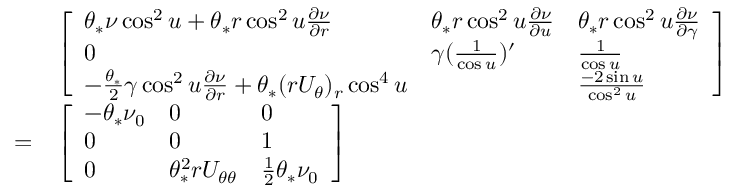
\begin{array} { r l } & { \left[ \begin{array} { l l l } { \theta _ { * } \nu \cos ^ { 2 } u + \theta _ { * } r \cos ^ { 2 } u \frac { \partial \nu } { \partial r } } & { \theta _ { * } r \cos ^ { 2 } u \frac { \partial \nu } { \partial u } } & { \theta _ { * } r \cos ^ { 2 } u \frac { \partial \nu } { \partial \gamma } } \\ { 0 } & { \gamma ( \frac { 1 } { \cos u } ) ^ { \prime } } & { \frac { 1 } { \cos u } } \\ { - \frac { \theta _ { * } } { 2 } \gamma \cos ^ { 2 } u \frac { \partial \nu } { \partial r } + \theta _ { * } ( r U _ { \theta } ) _ { r } \cos ^ { 4 } u } & { \bigstar } & { \frac { - 2 \sin u } { \cos ^ { 2 } u } } \end{array} \right] } \\ { = } & { \left[ \begin{array} { l l l } { - \theta _ { * } \nu _ { 0 } } & { 0 } & { 0 } \\ { 0 } & { 0 } & { 1 } \\ { 0 } & { \theta _ { * } ^ { 2 } r U _ { \theta \theta } } & { \frac { 1 } { 2 } \theta _ { * } \nu _ { 0 } } \end{array} \right] } \end{array}